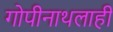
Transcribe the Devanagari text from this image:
गोपीनाथलाही